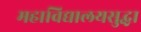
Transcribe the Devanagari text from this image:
महाविद्यालयसुद्धा